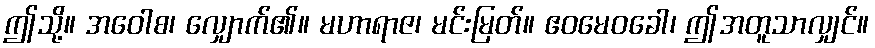
ဤသို့။ အဝေါစ၊ လျှောက်၏။ မဟာရာဇ၊ မင်းမြတ်။ ဧဝမေဝခေါ၊ ဤအတူသာလျှင်။